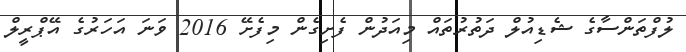
ލުފްތަންސާގެ ޝެޑިއުލް ދަތުރުތައް މިއަދުން ފެށިގެން މިފެށޭ 2016 ވަނަ އަހަރުގެ އޭޕްރީލް